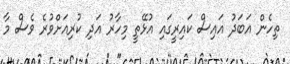
ތިހެން އަބަދު އައިސް ކައިރީގައި އުޅޭތީ މިހާރު އަދި ކުރިއަށްވުރެ ވެސް މާ